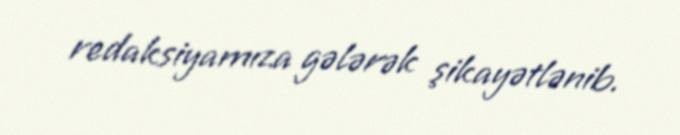
redaksiyamıza gələrək şikayətlənib.